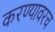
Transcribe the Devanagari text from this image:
करण्यावरच